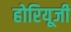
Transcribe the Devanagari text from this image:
होरियूजी